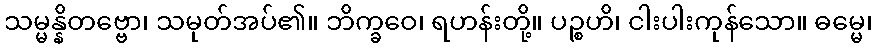
သမ္မန္နိတဗ္ဗော၊ သမုတ်အပ်၏။ ဘိက္ခဝေ၊ ရဟန်းတို့။ ပဉ္စဟိ၊ ငါးပါးကုန်သော။ ဓမ္မေ၊